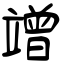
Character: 竲